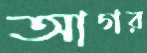
আগর